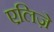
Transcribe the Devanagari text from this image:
एलिज़े